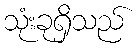
သုံးခုရှိသည်